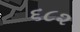
૬૮૨